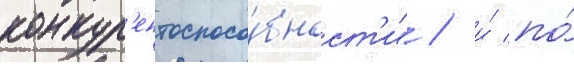
конкур'ентоспосо́бност'и" / и́ по́